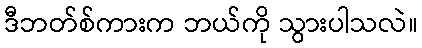
ဒီဘတ်စ်ကားက ဘယ်ကို သွားပါသလဲ။